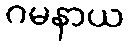
ဂမနာယ